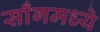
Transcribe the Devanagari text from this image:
साँगमध्ये